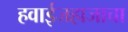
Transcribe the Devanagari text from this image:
हवाईजहाजाचा